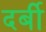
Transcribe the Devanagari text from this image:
दर्बी